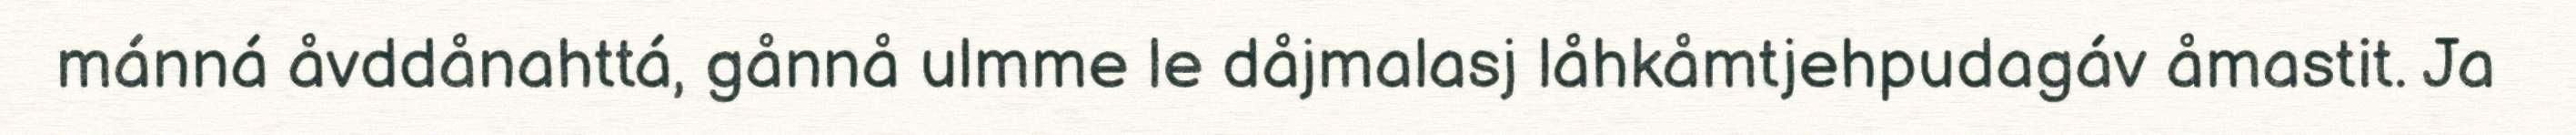
mánná åvddånahttá, gånnå ulmme le dåjmalasj låhkåmtjehpudagáv åmastit. Ja